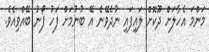
މަންމަ އެހާލަށް ދޫކޮށް ލައިފައި ނުދެވޭނެ އޭ ބުނުމަށް ފަހު ފޯނު ބޭއްވިއެވެ.